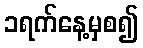
၁ရက်နေ့မှစ၍